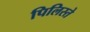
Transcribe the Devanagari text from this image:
पिलिस्ते